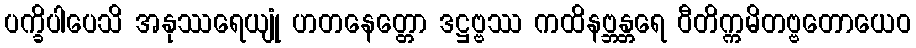
ပက္ခိပါပေသိ အနုဿရေယျုံ ဟတနေတ္တော ဒဋ္ဌဗ္ဗဿ ကထိနဗ္ဘန္တရေ ဝီတိက္ကမိတဗ္ဗတောယေဝ